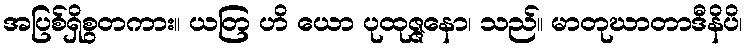
အပြစ်ရှိစွတကား။ ယတြ ဟိ ယော ပုထုဇ္ဇနော၊ သည်။ မာတုဃာတာဒီနိပိ၊